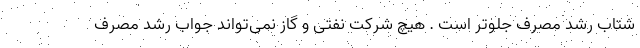
شتاب رشد مصرف جلوتر است . هیچ شرکت نفتی و گاز نمی‌تواند جواب رشد مصرف